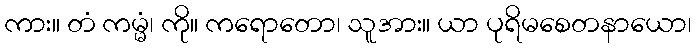
ကား။ တံ ကမ္မံ၊ ကို။ ကရောတော၊ သူအား။ ယာ ပုရိမစေတနာယော၊